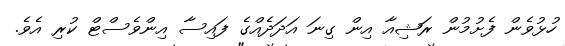
ހުޅުވެން ފެށުމުން ރަޝިއާ އިން ގިނަ އަދަދެއްގެ ފައިސާ އިންވެސްޓް ކުރި އެވެ.